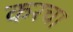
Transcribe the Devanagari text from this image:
करचा